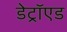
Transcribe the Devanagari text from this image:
डेट्रॉएड